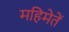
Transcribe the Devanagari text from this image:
महिमेतें